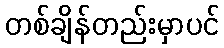
တစ်ချိန်တည်းမှာပင်